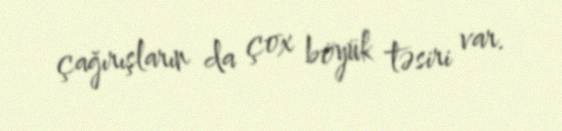
çağırışların da çox böyük təsiri var.